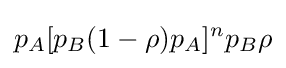
p_{A}[p_{B}(1-\rho )p_{A}]^{n}p_{B}\rho